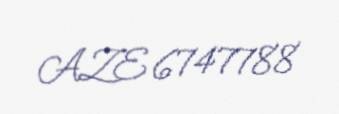
AZE 6747788